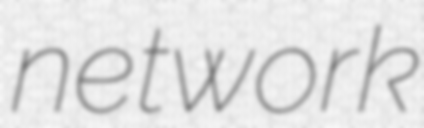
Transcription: network